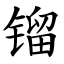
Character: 镏